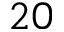
2 0